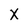
Character: X